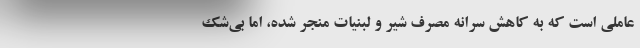
عاملی است که به کاهش سرانه مصرف شیر و لبنیات منجر شده، اما بی‌شک